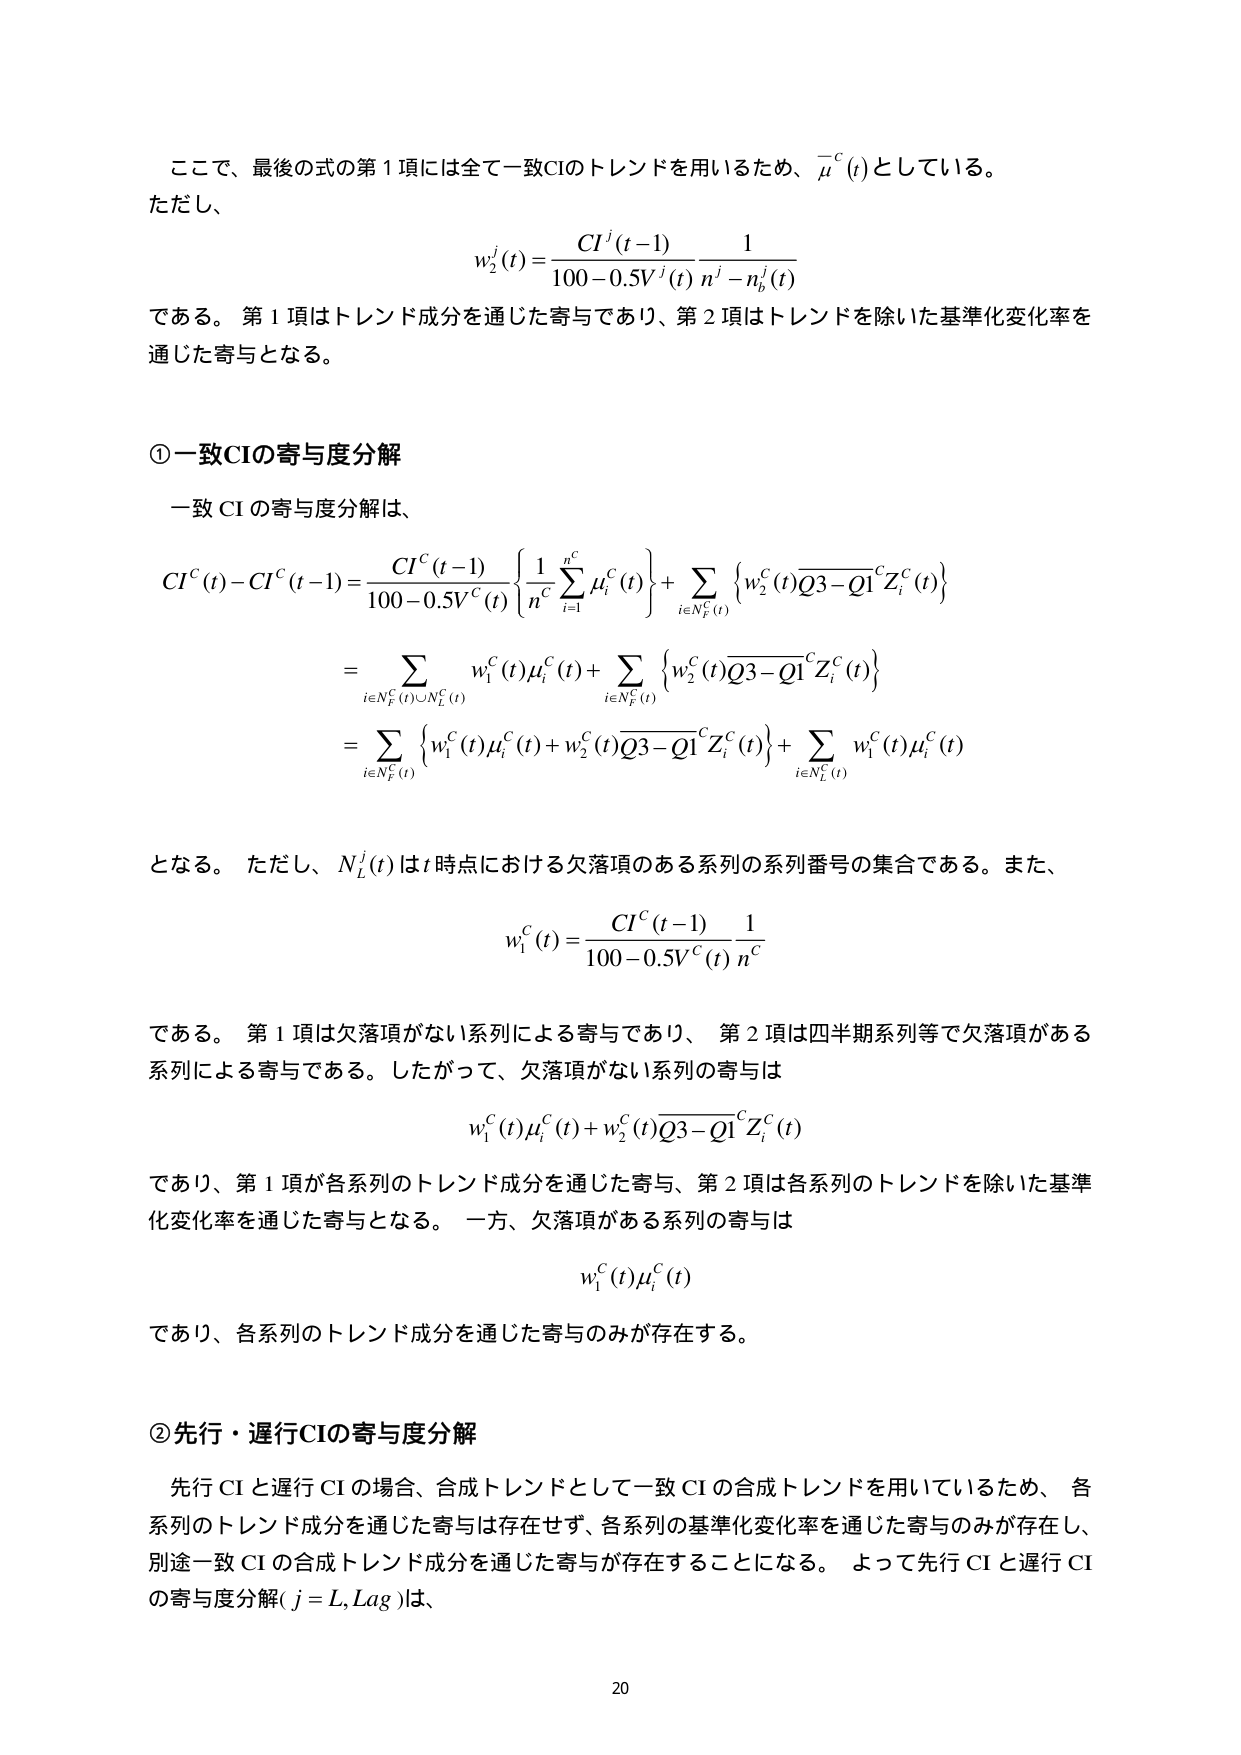
ここで、最後の式の第1項には全て一致CIのトレンドを用いるため、μ̄^C(t)としている。
ただし、
w₂^j(t) = [CI^j(t-1) / (100 - 0.5V^j(t))] × [1 / (n^j - n_b^j(t))]
である。第1項はトレンド成分を通じた寄与であり、第2項はトレンドを除いた基準化変化率を通じた寄与となる。

①一致CIの寄与度分解
一致CIの寄与度分解は、
CI^C(t) - CI^C(t-1) = [CI^C(t-1) / (100 - 0.5V^C(t))] × { (1/n^C) Σ(i=1 to n^C) μ_i^C(t) } + Σ(i∈N_F^C(t)) { w₂^C(t) × (Q3-Q1)^C × Z_i^C(t) }
= Σ(i∈N_F^C(t)∪N_L^C(t)) w₁^C(t)μ_i^C(t) + Σ(i∈N_F^C(t)) { w₂^C(t) × (Q3-Q1)^C × Z_i^C(t) }
= Σ(i∈N_F^C(t)) { w₁^C(t)μ_i^C(t) + w₂^C(t) × (Q3-Q1)^C × Z_i^C(t) } + Σ(i∈N_L^C(t)) w₁^C(t)μ_i^C(t)
となる。ただし、N_L^C(t)はt時点における欠落項のある系列の系列番号の集合である。また、
w₁^C(t) = [CI^C(t-1) / (100 - 0.5V^C(t))] × (1/n^C)
である。第1項は欠落項がない系列による寄与であり、第2項は四半期系列等で欠落項がある系列による寄与である。したがって、欠落項がない系列の寄与は
w₁^C(t)μ_i^C(t) + w₂^C(t) × (Q3-Q1)^C × Z_i^C(t)
であり、第1項が各系列のトレンド成分を通じた寄与、第2項は各系列のトレンドを除いた基準化変化率を通じた寄与となる。一方、欠落項がある系列の寄与は
w₁^C(t)μ_i^C(t)
であり、各系列のトレンド成分を通じた寄与のみが存在する。

②先行・遅行CIの寄与度分解
先行CIと遅行CIの場合、合成トレンドとして一致CIの合成トレンドを用いているため、各系列のトレンド成分を通じた寄与は存在せず、各系列の基準化変化率を通じた寄与のみが存在し、別途一致CIの合成トレンド成分を通じた寄与が存在することになる。よって先行CIと遅行CIの寄与度分解(j = L, Lag)は、

20